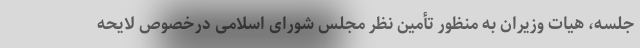
جلسه، هیات وزیران به منظور تأمین نظر مجلس شورای اسلامی درخصوص لایحه